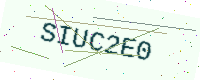
Text: SIUC2E0